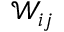
\mathcal { W } _ { i j }